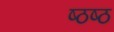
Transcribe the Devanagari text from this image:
ष्ठष्ठ